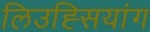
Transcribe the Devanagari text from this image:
लिउह्सियांग